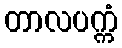
တာလပက္ကံ